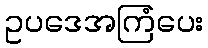
ဥပဒေအကြံပေး